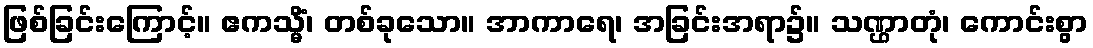
ဖြစ်ခြင်းကြောင့်။ ဧကသ္မိံ၊ တစ်ခုသော။ အာကာရေ၊ အခြင်းအရာ၌။ သဏ္ဌာတုံ၊ ကောင်းစွာ